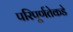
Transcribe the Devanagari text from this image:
परिपूर्णतेकडे